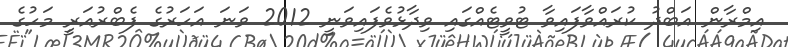
އިމްރާން އަބްދު ކުރައްވާފައިވާ ޓުވީޓެއްގައި ވިދާޅުވެފައިވަނީ 2012 ވަނަ އަހަރުގެ ފެބްރުއަރީ މަހުގެ